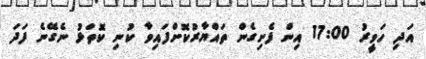
އަދި ހަވީރު 17:00 އިން ފެށިގެން ތައްޔާރުކޮށްފައިވާ ކުނި ކޮތަޅު ނެގޭނެ ފަދަ